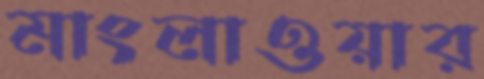
মাংলাওয়ার